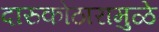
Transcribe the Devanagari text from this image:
दारुकोठारामुळे